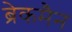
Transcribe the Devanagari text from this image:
ब्रेकमैन